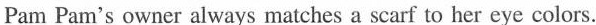
Pam Pam's owner always matches a scarf to her eye colors.